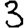
Digit: 3